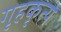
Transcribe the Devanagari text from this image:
गृहकृत्ये